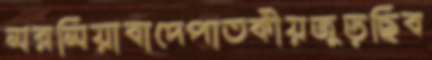
মরমিয়াবাদেপাতকীয়জুড়ছিব